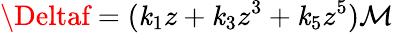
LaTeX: \Deltaf=(\mathit{k}_{1}z+\mathit{k}_{3}z^{3}+\mathit{k}_{5}z^{5})\mathcal{{M}}